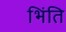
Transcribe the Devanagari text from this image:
भिंति